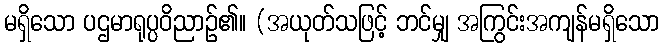
မရှိသော ပဌမာရုပ္ပဝိညာဉ်၏။ (အယုတ်သဖြင့် ဘင်မျှ အကြွင်းအကျန်မရှိသော